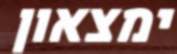
ימצאון